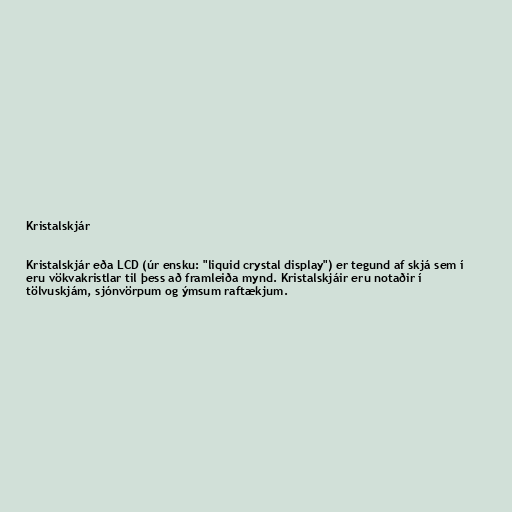
Kristalskjár

Kristalskjár eða LCD (úr ensku: "liquid crystal display") er tegund af skjá sem í
eru vökvakristlar til þess að framleiða mynd. Kristalskjáir eru notaðir í
tölvuskjám, sjónvörpum og ýmsum raftækjum.